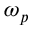
\omega _ { p }